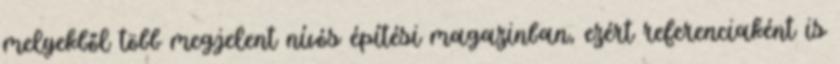
melyekből több megjelent nívós építési magazinban, ezért referenciaként is